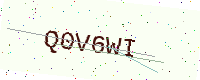
Text: Q0V6WI